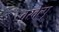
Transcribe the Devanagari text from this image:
वरवेल्पू